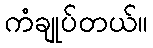
ကံချုပ်တယ်။